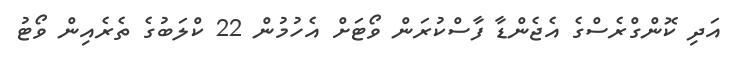
އަދި ކޮންގްރެސްގެ އެޖެންޑާ ފާސްކުރަން ވޯޓަށް އެހުމުން 22 ކްލަބުގެ ތެރެއިން ވޯޓު